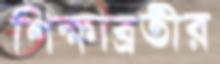
শিক্ষাব্রতীর